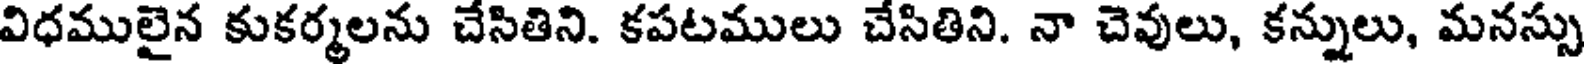
విధములైన కుకర్మలను చేసితిని. కపటములు చేసితిని. నా చెవులు, కన్నులు, మనస్సు